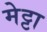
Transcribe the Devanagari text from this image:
मेट्टा